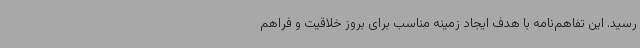
رسید. این تفاهم‌نامه با هدف ایجاد زمینه مناسب برای بروز خلاقیت و فراهم